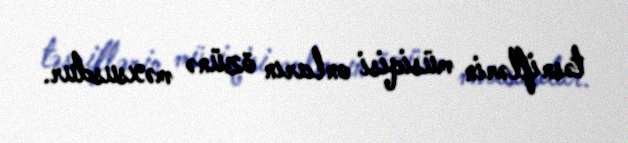
təsniflərin müsiqisi onların özünə məxsusdur.